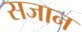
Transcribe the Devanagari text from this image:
सजान